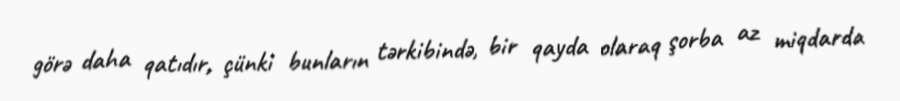
görə daha qatıdır, çünki bunların tərkibində, bir qayda olaraq şorba az miqdarda